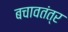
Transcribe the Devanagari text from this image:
बचावतंत्र